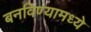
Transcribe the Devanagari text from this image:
बनविण्यामध्ये